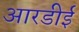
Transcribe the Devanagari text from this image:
आरडीई